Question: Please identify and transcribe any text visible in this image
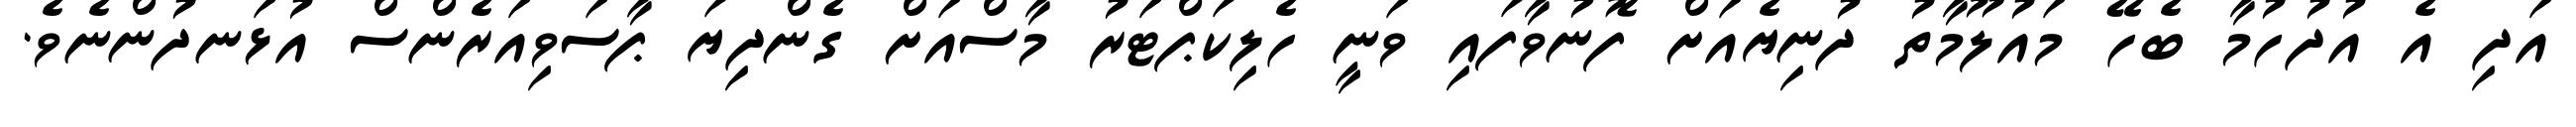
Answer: އަދި އެ އުދުހުމާ ބެހޭ މައުލޫމާތު ދުނިޔެއަށް ފޮނުވާފައި ވަނީ ހެލިކަޕްޓަރު މާސްއަށް ގެންދިޔަ ޕާސަވިއަރެންސް އުޅަނދުންނެވެ.